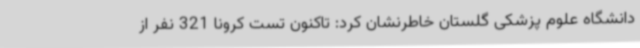
دانشگاه علوم پزشکی گلستان خاطرنشان کرد: تاکنون تست کرونا 321 نفر از